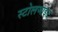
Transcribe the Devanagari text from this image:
स्टोलजाइट